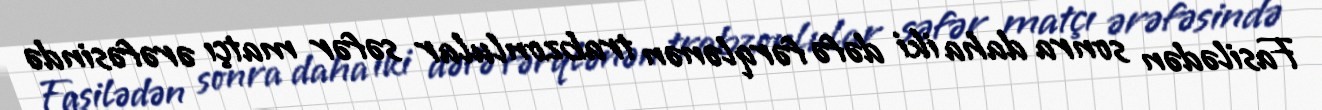
Fasilədən sonra daha iki dəfə fərqlənən trabzonlular səfər matçı ərəfəsində